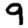
Digit: 9